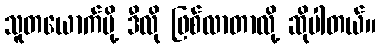
သူတယောက်မို့ ဒီလို ဖြစ်လာတာလို့ ဆိုပါတယ်။